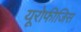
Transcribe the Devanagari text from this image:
यूरोफीजिस